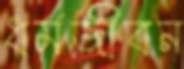
ধর্মজীবন